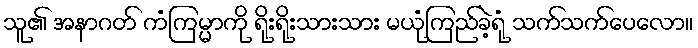
သူ၏ အနာဂတ် ကံကြမ္မာကို ရိုးရိုးသားသား မယုံကြည်ခဲ့ရုံ သက်သက်ပေလော။